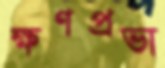
ক্ষণপ্রভা